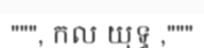
""", កល យុទ្ធ ,"""